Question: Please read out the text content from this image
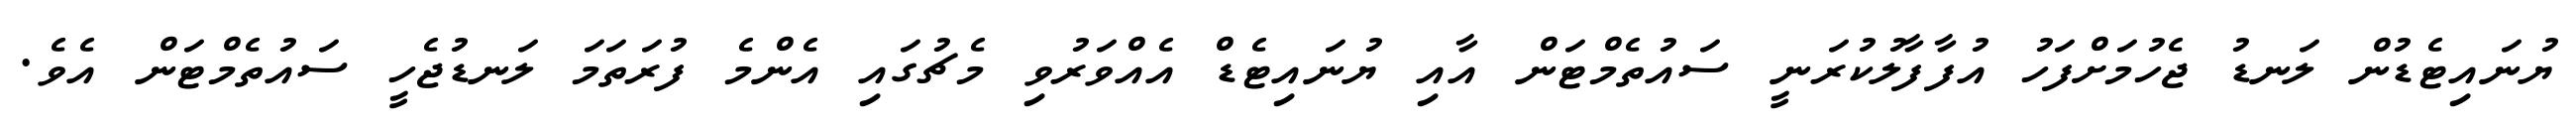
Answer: ޔުނައިޓެޑުން ލަނޑު ޖެހުމަށްފަހު އުފާފާލުކުރަނީ ސައުތެމްޓަން އާއި ޔުނައިޓެޑް އެއްވަރުވި މެޗުގައި އެންމެ ފުރަތަމަ ލަނޑުޖެހީ ސައުތެމްޓަން އެވެ.